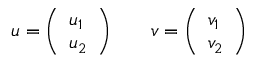
u = { \left( \begin{array} { l } { u _ { 1 } } \\ { u _ { 2 } } \end{array} \right) } \qquad v = { \left( \begin{array} { l } { v _ { 1 } } \\ { v _ { 2 } } \end{array} \right) }